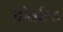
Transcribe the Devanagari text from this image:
टोर्वाल्ड